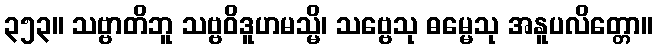
၃၅၃။ သဗ္ဗာတိဘူ သဗ္ဗဝိဒူဟမသ္မိ၊ သဗ္ဗေသု ဓမ္မေသု အနူပလိတ္တော။